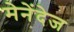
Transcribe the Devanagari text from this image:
मेनेंदेज